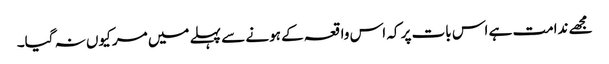
مجھے ندامت ہے اس بات پر کہ اس واقعہ کے ہونے سے پہلے میں مر کیوں نہ گیا۔